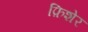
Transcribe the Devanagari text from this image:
फ़िशेर